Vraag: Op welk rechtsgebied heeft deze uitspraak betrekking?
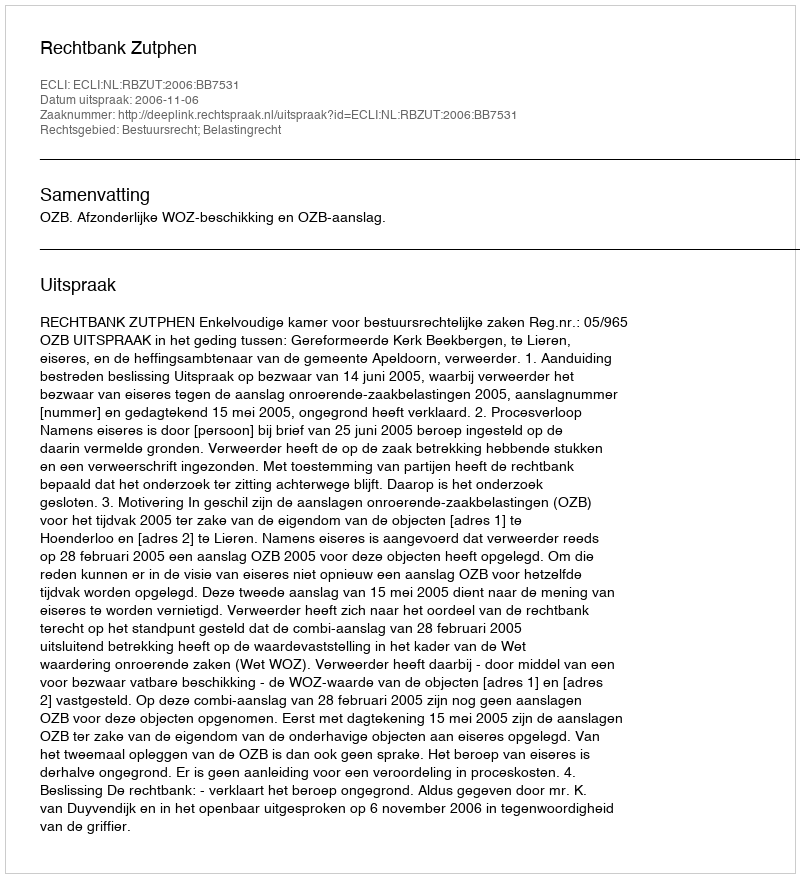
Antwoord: Bestuursrecht; Belastingrecht